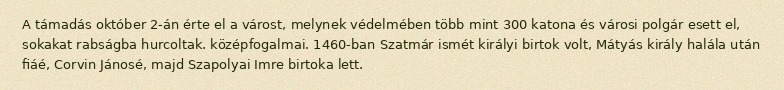
A támadás október 2-án érte el a várost, melynek védelmében több mint 300 katona és városi polgár esett el, sokakat rabságba hurcoltak. középfogalmai. 1460-ban Szatmár ismét királyi birtok volt, Mátyás király halála után fiáé, Corvin Jánosé, majd Szapolyai Imre birtoka lett.